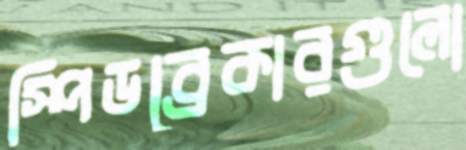
স্পিডব্রেকারগুলো